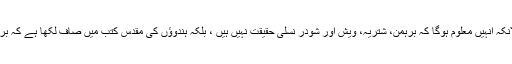
لیکن گاندھی نے ہندوؤں کے ذات پات کے نظام کو چیلنج نہ کیا، حالانکہ انہیں معلوم ہوگا کہ برہمن، شتریہ، ویش اور شودر نسلی حقیقت نہیں ہیں ، بلکہ ہندوؤں کی مقدس کتب میں صاف لکھا ہے کہ برہمن، شتریہ، ویش اور شودر انسانوں کی روحانی یا نفسیاتی اقسام ہیں۔